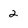
Character: 2